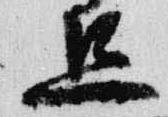
旦